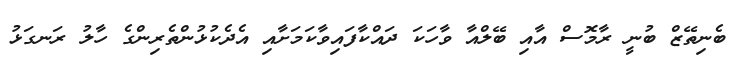
ބެނިތޭޒް ބުނީ ރާމޮސް އާއި ބޭލްއާ ވާހަކަ ދައްކާފައިވާކަމަށާއި އެދެކުޅުންތެރިންގެ ހާލު ރަނގަޅު